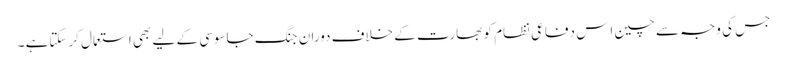
جس کی وجہ سے چین اِس دفاعی نظام کو بھارت کے خلاف دورانِ جنگ جاسوسی کے لیے بھی استعمال کرسکتاہے ۔